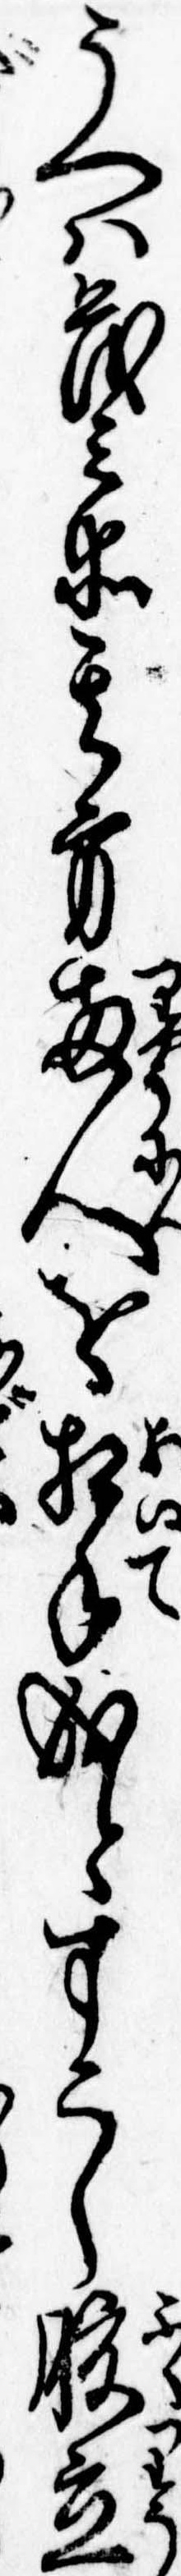
うへは茂兵衛其方両人を相手成とすこし腹立